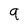
Character: 9